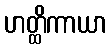
ဟတ္ထိကာယာ